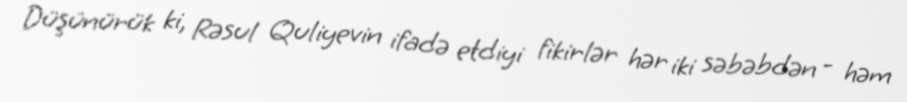
Düşünürük ki, Rəsul Quliyevin ifadə etdiyi fikirlər hər iki səbəbdən - həm